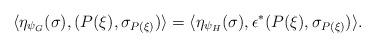
LaTeX: \begin{align*}\langle \eta_{\psi_{G}}(\sigma), (P(\xi),\sigma_{P(\xi)}) \rangle = \langle \eta_{\psi_{H}}(\sigma),\epsilon^{*}(P(\xi), \sigma_{P(\xi)}) \rangle.\end{align*}